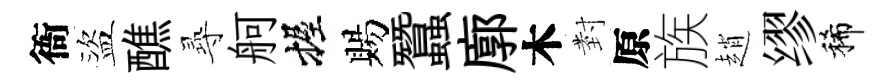
衙盜醮𡬶舸握賜蠶廓木𭔹原族趙缪稀